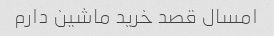
امسال قصد خرید ماشین دارم